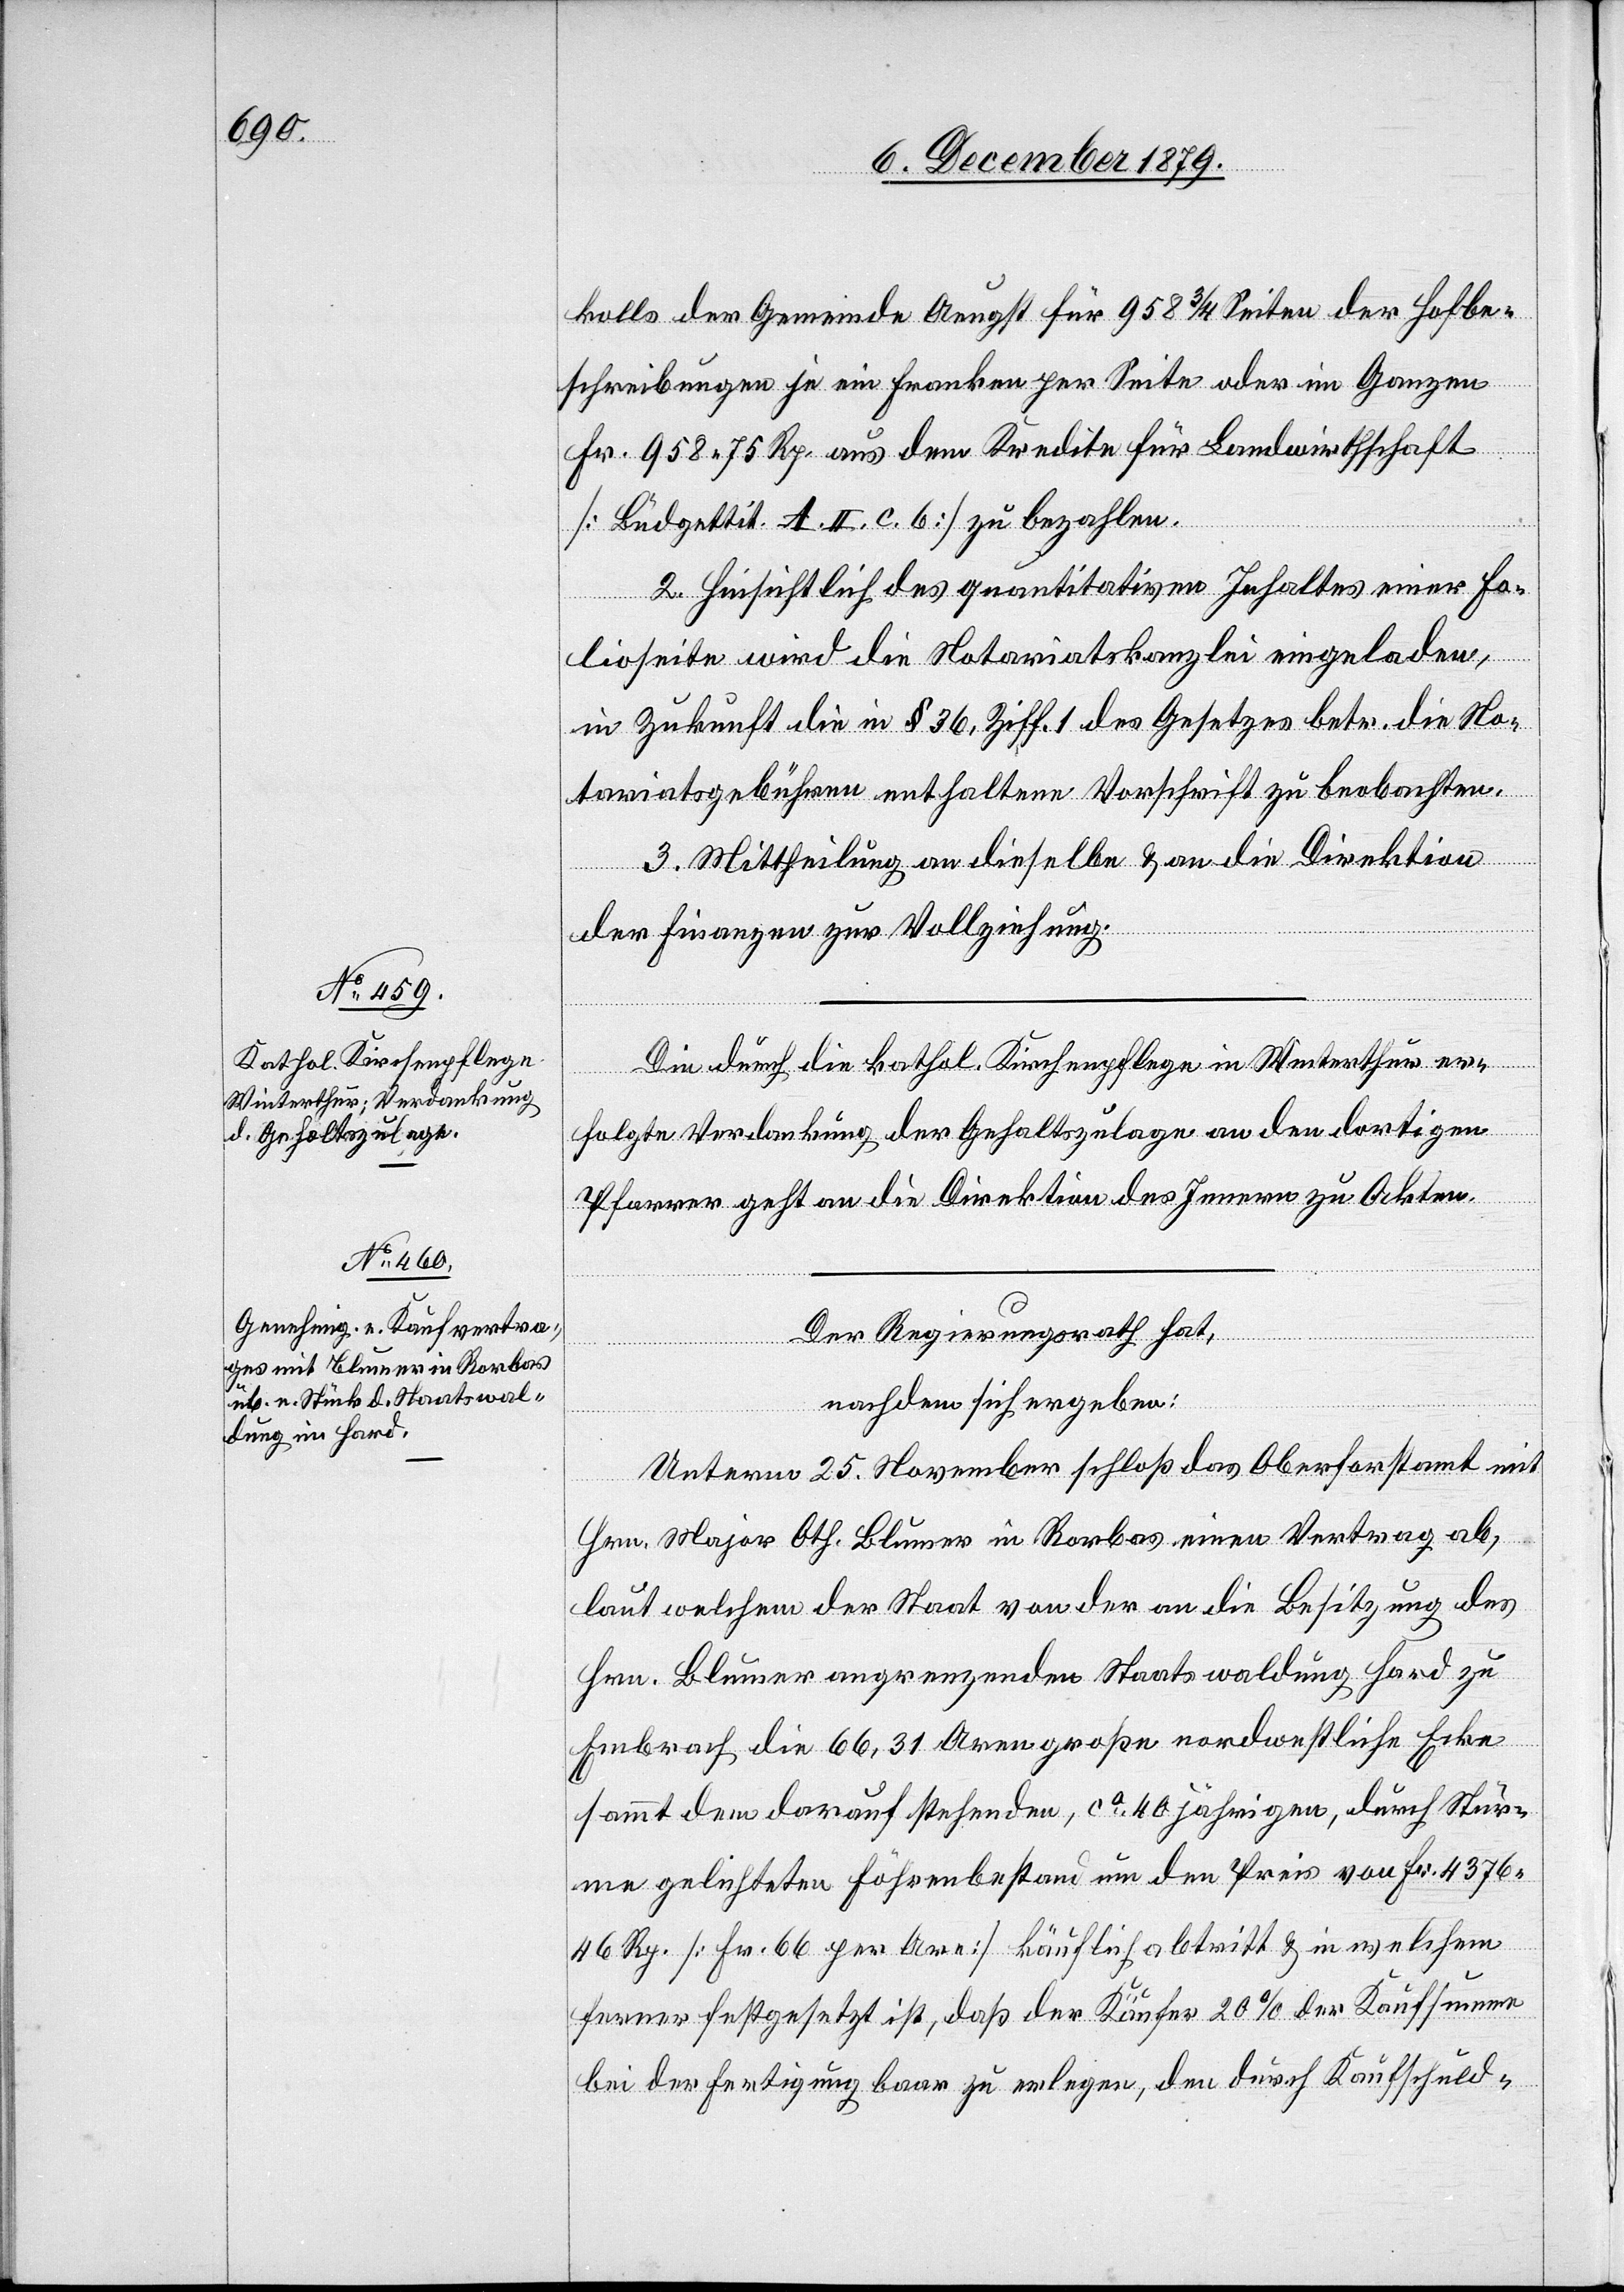
kolls der Gemeinde Aeugst für 9563/4 Seiten der Hofbe¬
schreibungen je ein Franken per Seite oder im Ganzen
Fr. 958 75 Rp. aus dem Kredite für Landwirthschaft
[Büdgettitel A. II. c. 6] zu bezahlen.
2. Hinsichtlich des quantitativen Inhaltes einer Fo¬
lioseite wird die Notariatskanzlei eingeladen,
in Zukunft die in § 36, Ziff. 1 des Gesetzes betr. die No¬
tariatsgebühren enthaltene Vorschrift zu beobachten.
3. Mittheilung an dieselbe & an die Direktion
der Finanzen zur Vollziehung.
Die durch die kathol. Kirchenpflege in Winterthur er¬
folgte Verdankung der Gehaltszulagen an den dortigen
Pfarrer geht an die Direktion des Innern zu Akten.
Der Regierungsrath hat,
nachdem sich ergeben:
Unterm 25. November schloß das Oberforstamt mit
Hrn. Major Oth. Blumer in Rorbas einen Vertrag ab,
laut welchem der Staat von der an die Besitzung des
Hrn. Blumer angrenzenden Staatswaldung Hard zu
Embrach die 66,31 Aren große nordwestliche Ecke
sammt den darauf stehenden, ca 40 jährigen, durch Stür¬
me gelichteten Föhrenbestand um den Preis von Fr. 4376
46 Rp [Fr. 66 per Are] käuflich abtritt & in welchem
ferner festgesetzt ist, daß der Käufer 20% der Kaufsumme
bei der Fertigung baar zu erlegen, den durch Kaufschuld-